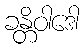
ခန္တိဝါဒေါ